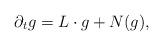
LaTeX: \begin{align*}\partial_t g = L\cdot g + N(g), \end{align*}